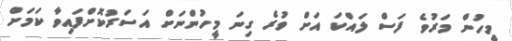
މީހުން މަރުވެ ފަސް ލައްކަ އަށް ވުރެ ގިނަ މީހުންނަށް އަސަރުކޮށްފައިވާ ކަމަށް